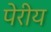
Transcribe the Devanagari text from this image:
पेरीय